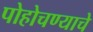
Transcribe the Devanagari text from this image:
पोहोचण्‍याचे